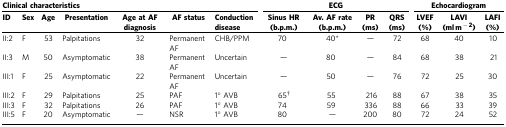
<table><thead><tr><td colspan="7"><b>Clinical characteristics</b></td><td colspan="4"><b>ECG</b></td><td colspan="3"><b>Echocardiogram</b></td></tr><tr><td><b>ID</b></td><td><b>Sex</b></td><td><b>Age</b></td><td><b>Presentation</b></td><td><b>Age at AF diagnosis</b></td><td><b>AF status</b></td><td><b>Conduction disease</b></td><td><b>Sinus HR (b.p.m.)</b></td><td><b>Av. AF rate (b.p.m.)</b></td><td><b>PR (ms)</b></td><td><b>QRS (ms)</b></td><td><b>LVEF (%)</b></td><td><b>LAVI (ml m<sup>−2</sup>)</b></td><td><b>LAFI (%)</b></td></tr></thead><tbody><tr><td>II:2</td><td>F</td><td>53</td><td>Palpitations</td><td>32</td><td>Permanent AF</td><td>CHB/PPM</td><td>70</td><td>40*</td><td>—</td><td>72</td><td>68</td><td>40</td><td>10</td></tr><tr><td>II:3</td><td>M</td><td>50</td><td>Asymptomatic</td><td>38</td><td>Permanent AF</td><td>Uncertain</td><td>—</td><td>80</td><td>—</td><td>84</td><td>68</td><td>38</td><td>21</td></tr><tr><td>III:1</td><td>F</td><td>25</td><td>Asymptomatic</td><td>22</td><td>Permanent AF</td><td>Uncertain</td><td>—</td><td>50</td><td>—</td><td>76</td><td>72</td><td>25</td><td>30</td></tr><tr><td>III:2</td><td>F</td><td>29</td><td>Palpitations</td><td>25</td><td>PAF</td><td>1° AVB</td><td>65†</td><td>55</td><td>216</td><td>88</td><td>67</td><td>38</td><td>35</td></tr><tr><td>III:3</td><td>F</td><td>32</td><td>Palpitations</td><td>26</td><td>PAF</td><td>1° AVB</td><td>74</td><td>59</td><td>336</td><td>88</td><td>66</td><td>33</td><td>39</td></tr><tr><td>III:5</td><td>F</td><td>20</td><td>Asymptomatic</td><td>—</td><td>NSR</td><td>1° AVB</td><td>80</td><td>—</td><td>200</td><td>80</td><td>72</td><td>24</td><td>52</td></tr></tbody></table>